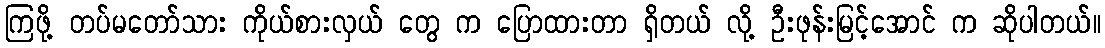
ကြဖို့ တပ်မတော်သား ကိုယ်စားလှယ် တွေ က ပြောထားတာ ရှိတယ် လို့ ဦးဖုန်းမြင့်အောင် က ဆိုပါတယ်။